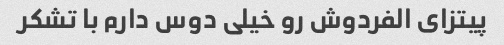
پیتزای الفردوش رو خیلی دوس دارم با تشکر